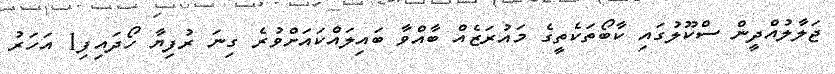
ޖަލާލުއްދީން ސްކޫލުގައި ކާބޯތަކެތީގެ މައުރަޒެއް ބާއްވާ ބައިލައްކައަށްވުރެ ގިނަ ރުފިޔާ ހޯދައިފި1 އަހަރު